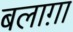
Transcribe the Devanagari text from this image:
बलाग़ा